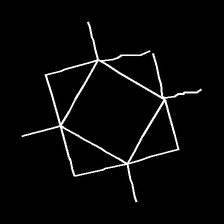
Glyph: light